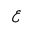
Letter: _ayn